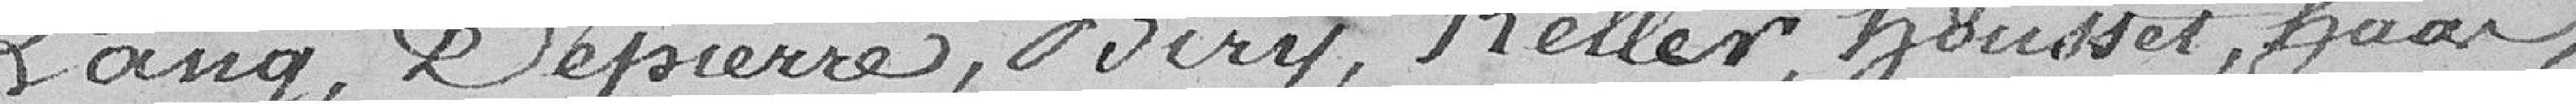
Lang, Dépierre, Biry, Keller, Housset, Haas